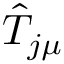
\hat { T } _ { j \mu }